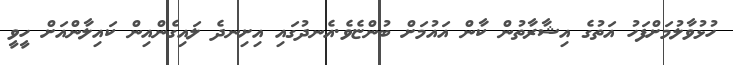
ހުޅުވާލުމަށްފަހު އަތުގެ އިޝާރާތުން ކާން އައުމަށް ބުންޏެވެ.އެނދުގައި އިށިނދެ ލައިގެންއިން ކައިލާންއަށް ހީވީ